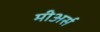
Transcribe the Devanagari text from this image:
मीअर्स